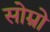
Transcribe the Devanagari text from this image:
सोम्रो